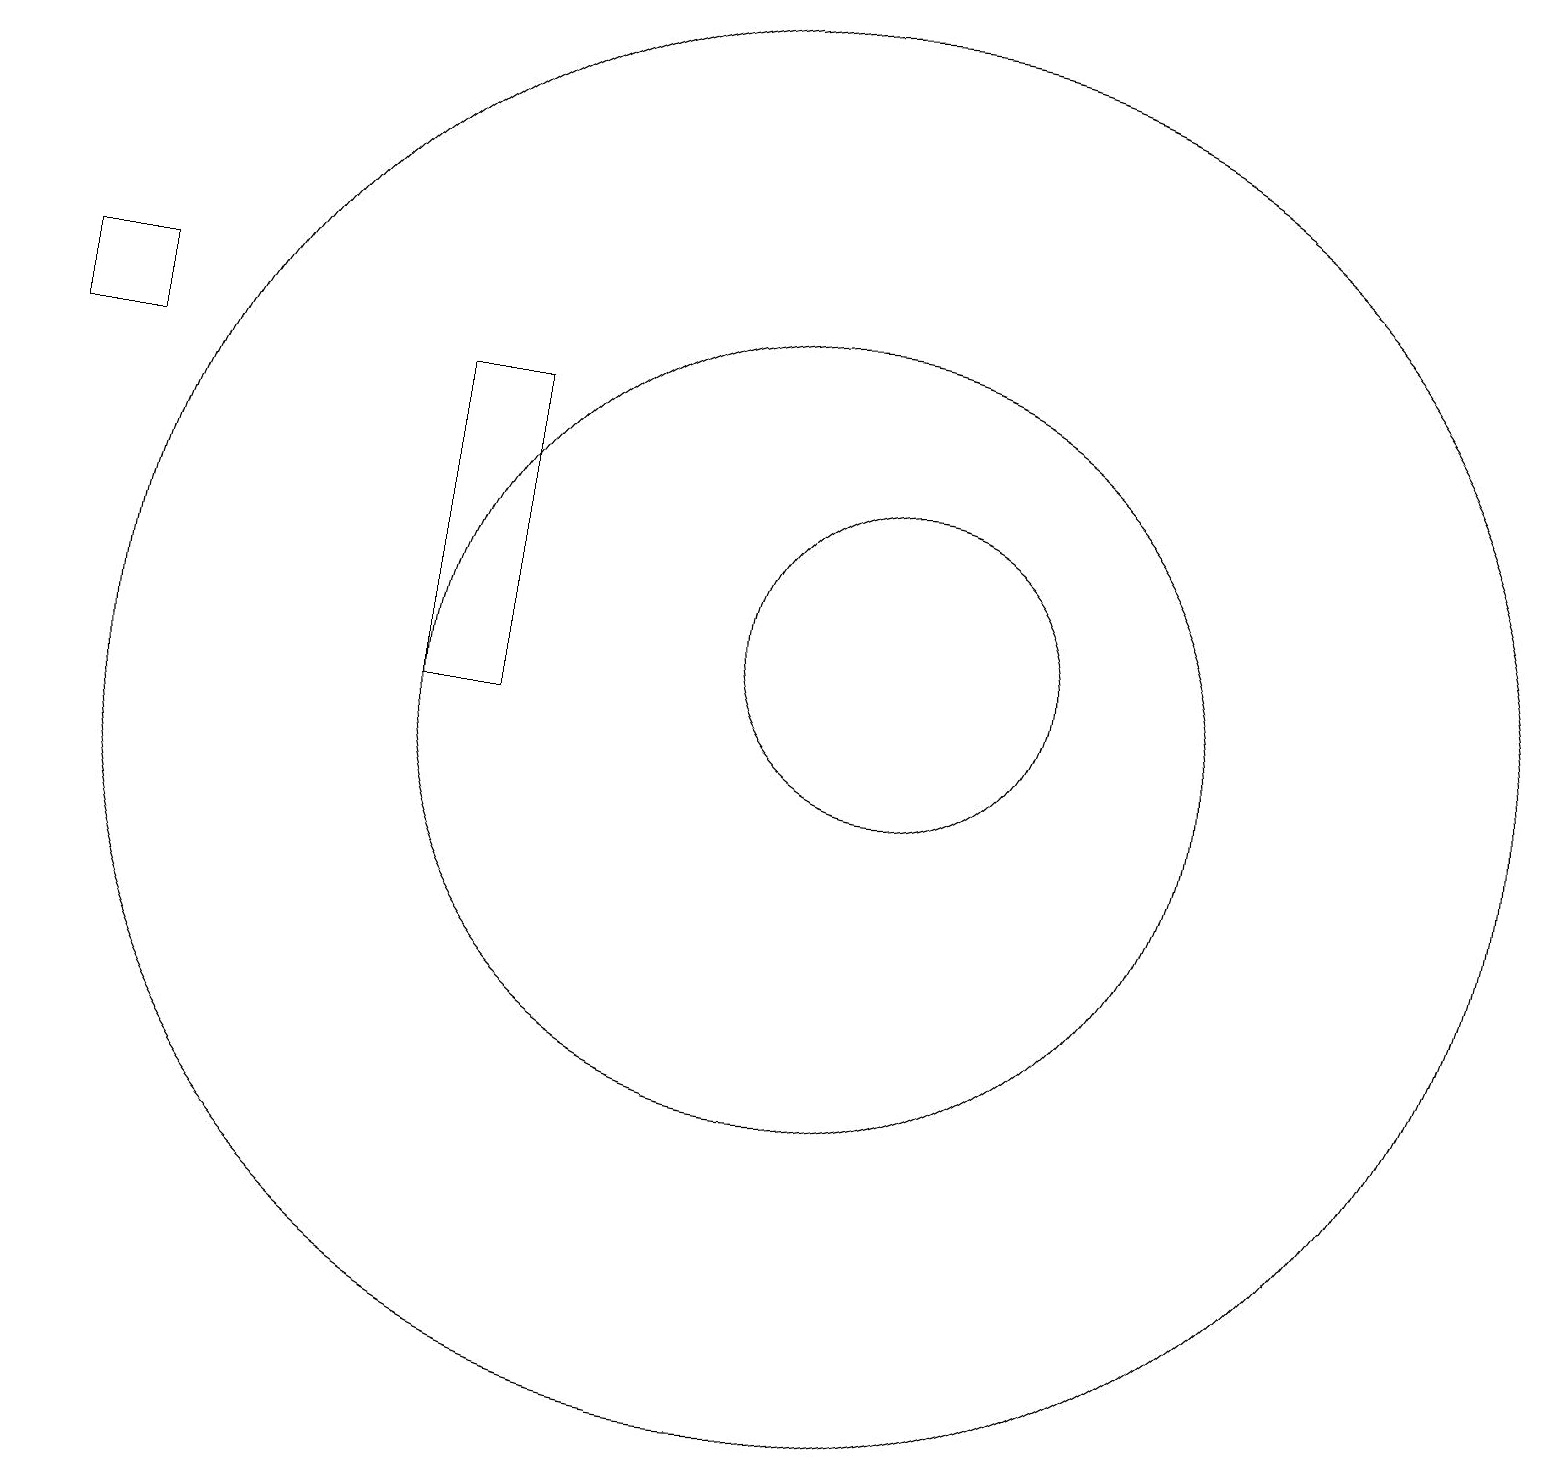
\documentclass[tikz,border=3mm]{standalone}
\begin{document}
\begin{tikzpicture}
\draw (11,10) circle (9);
\draw (12,11) circle (2);
\draw (11,12) circle (0);
\draw (1,15) rectangle (2,14);
\draw (6,14) rectangle (7,10);
\draw (11,10) circle (0);
\draw (11,10) circle (5);
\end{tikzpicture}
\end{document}